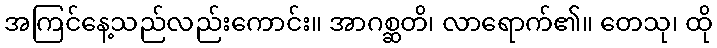
အကြင်နေ့သည်လည်းကောင်း။ အာဂစ္ဆတိ၊ လာရောက်၏။ တေသု၊ ထို